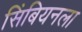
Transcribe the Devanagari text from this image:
सिंबियनला